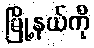
မြို့နယ်ကို